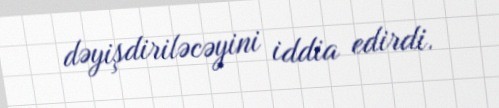
dəyişdiriləcəyini iddia edirdi.